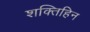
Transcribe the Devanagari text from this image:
शक्तिहिन